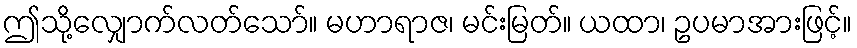
ဤသို့လျှောက်လတ်သော်။ မဟာရာဇ၊ မင်းမြတ်။ ယထာ၊ ဥပမာအားဖြင့်။